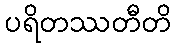
ပရိတဿတီတိ